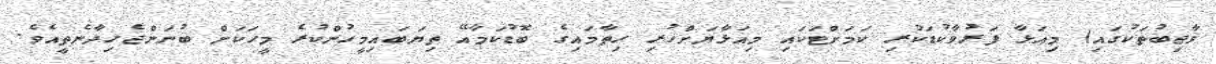
ވާޖިބުތަކުގައި) މިއަޅާ ފަރުވާކުޑަކުރި ކަމަށްޓަކައި މިއަޅާޔަށްހުރި ހިތާމައިގެ ބޮޑުކަމާއޭ ތިޔަބައިމީހުންކުރެ މީހަކަށް ބުނަންޖެހިދާނެތީއެވެ.